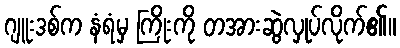
ဂျူးဒစ်က နံရံမှ ကြိုးကို တအားဆွဲလှုပ်လိုက်၏။